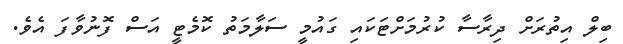
ބިލް އިތުރަށް ދިރާސާ ކުރުމަށްޓަކައި ގައުމީ ސަލާމަތު ކޮމެޓީ އަސް ފޮނުވާފަ އެވެ.